system: You are a helpful assistant.
user:
Analyze the provided spectrum to determine if it is a **S-type Star**.

- **Key Indicators for S-type Star:**

    - **(Overall Spectrum Shape):** The first and most obvious characteristic is the overall continuum (the "baseline" shape). It is **extremely "red-sloping,"** meaning the flux (light intensity) is very low on the left side (blue, ~4000-4500 Å) and rises steeply and continuously toward the right side (red, ~7000 Å+).

    - **(Primary):** The spectrum is defined by the presence of strong, broad molecular absorption "valleys" (bands) from **Zirconium Oxide (ZrO)**. The identification of these bands is the **primary requirement** for classifying a star as S-type.
        - **(Key Bandheads):** You must find distinct, deep "dips" where the light has been absorbed. The most critical band systems to locate are:
            - **~6474 Å** ($\gamma$-system): This is often the strongest and clearest ZrO feature, found in the red part of the spectrum.
            - **~5718 Å** & **~5551 Å** ($\beta$-system): A pair of prominent absorption features in the yellow-orange part of the spectrum.
            - **~4640 Å** ($\alpha$-system): A key absorption band system in the blue-green region of the spectrum.

    - **(Secondary Confirmation):** The classification is strengthened by finding additional absorption bands from other related heavy element oxides, which are expected to be present alongside ZrO.
        - **(Key Bandheads):**
            - **Yttrium Oxide (YO):** Look for absorption dips near **~4800 Å** and **~6100 Å**.
            - **Lanthanum Oxide (LaO):** Additional absorption features, particularly in the red-orange part of the spectrum, are also characteristic.

    - **(Line Profile):** The combination of the steep red continuum and these numerous, deep molecular bands (ZrO, YO, etc.) gives the entire spectrum a very **"chopped-up"** or **"bumpy"** appearance. Instead of a smooth curve, the spectrum looks as though large, wide chunks of light have been "carved out" of it at the specific wavelengths listed above.

Think first, call **spectral_visualization_tool** if needed to examine features in detail, then provide your final answer. Your response must adhere to the following strict rules:
1.  **Overall Structure:** Your response must follow the format `<think>...</think> <tool_call>...</tool_call> (if a tool is used) <answer>...</answer>`.
2.  **Tool Usage Constraint:** You may only make **one** tool call per turn.
3.  **Final Answer Format:** In the `<answer>` tag, your conclusion must be inside a `\boxed{}` command (e.g., `\boxed{YES}` or `\boxed{NO}`), followed by your justification.

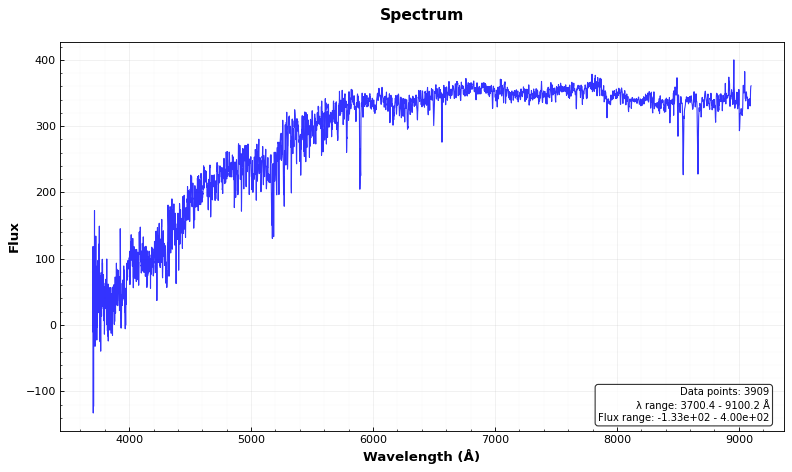
Answer: NO